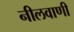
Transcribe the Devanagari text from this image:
नीलवाणी